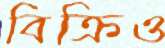
বিক্রিও